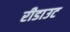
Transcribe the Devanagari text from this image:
रीडाउट